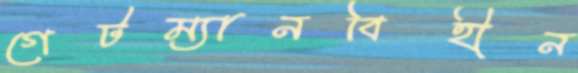
গেটম্যানবিহীন